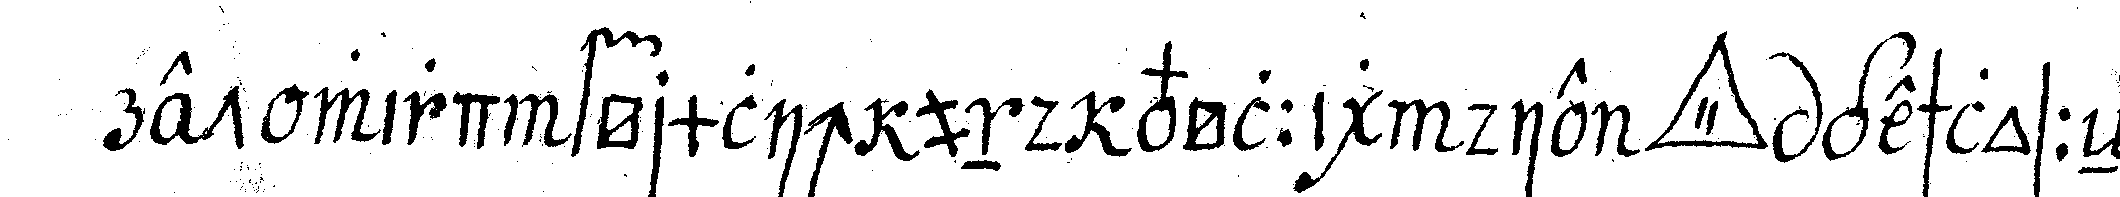
ret wird förmlich und völlig die *tri..* geschlosseN